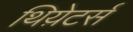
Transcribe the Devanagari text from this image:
थिय़ेटर्स